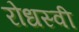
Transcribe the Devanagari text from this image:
रोधस्वी